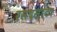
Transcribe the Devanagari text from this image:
रसदसाठा